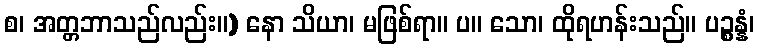
စ၊ အတ္တဘာသည်လည်း။) နော သိယာ၊ မဖြစ်ရာ။ ပ။ သော၊ ထိုရဟန်းသည်။ ပဉ္စန္နံ၊